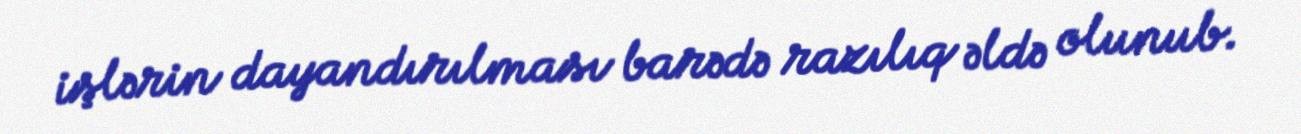
işlərin dayandırılması barədə razılıq əldə olunub.